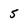
Character: 5